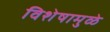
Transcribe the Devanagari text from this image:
विशेषामुळे